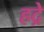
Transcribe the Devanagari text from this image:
हद्रे